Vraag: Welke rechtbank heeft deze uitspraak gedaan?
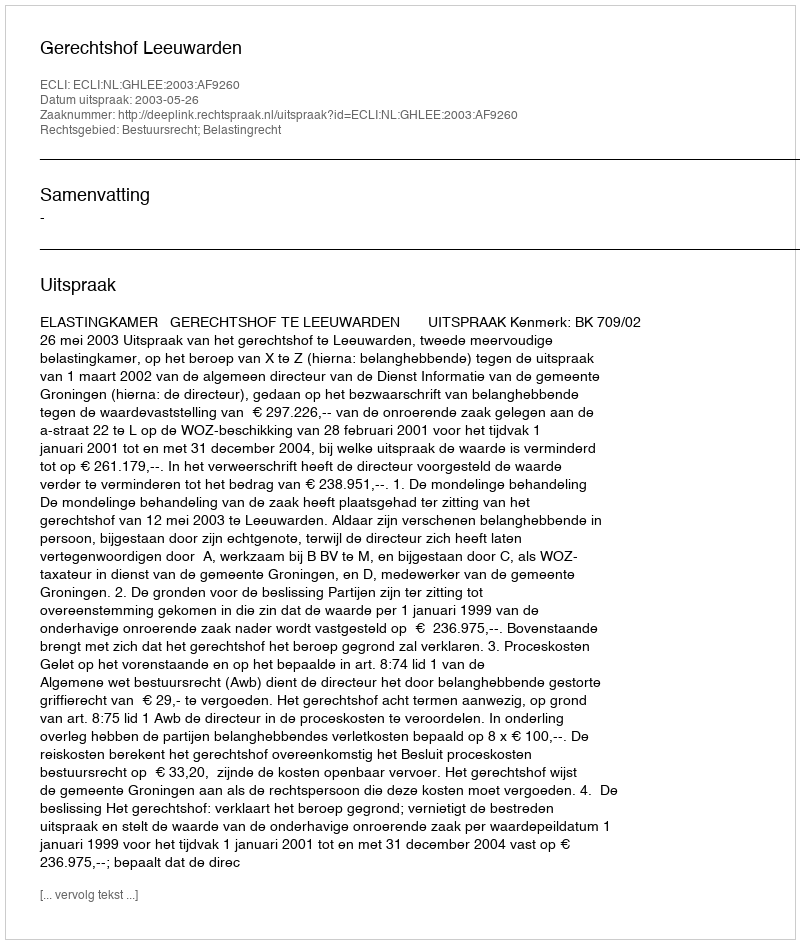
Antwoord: Gerechtshof Leeuwarden